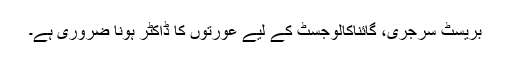
بریسٹ سرجری، گائناکالوجسٹ کے لیے عورتوں کا ڈاکٹر ہونا ضروری ہے۔